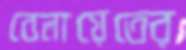
বেলায়েতের